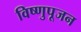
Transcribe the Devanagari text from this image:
विष्णुपूजन